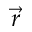
\vec { r }